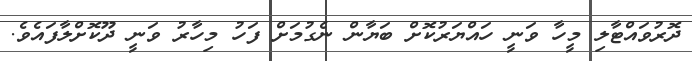
ދޮރުވައްޓާލި މީހާ ވަނީ ހައްޔަރުކޮށް ބަޔާން ނެގުމަށް ފަހު މިހާރު ވަނީ ދޫކޮށްލާފައެވެ.